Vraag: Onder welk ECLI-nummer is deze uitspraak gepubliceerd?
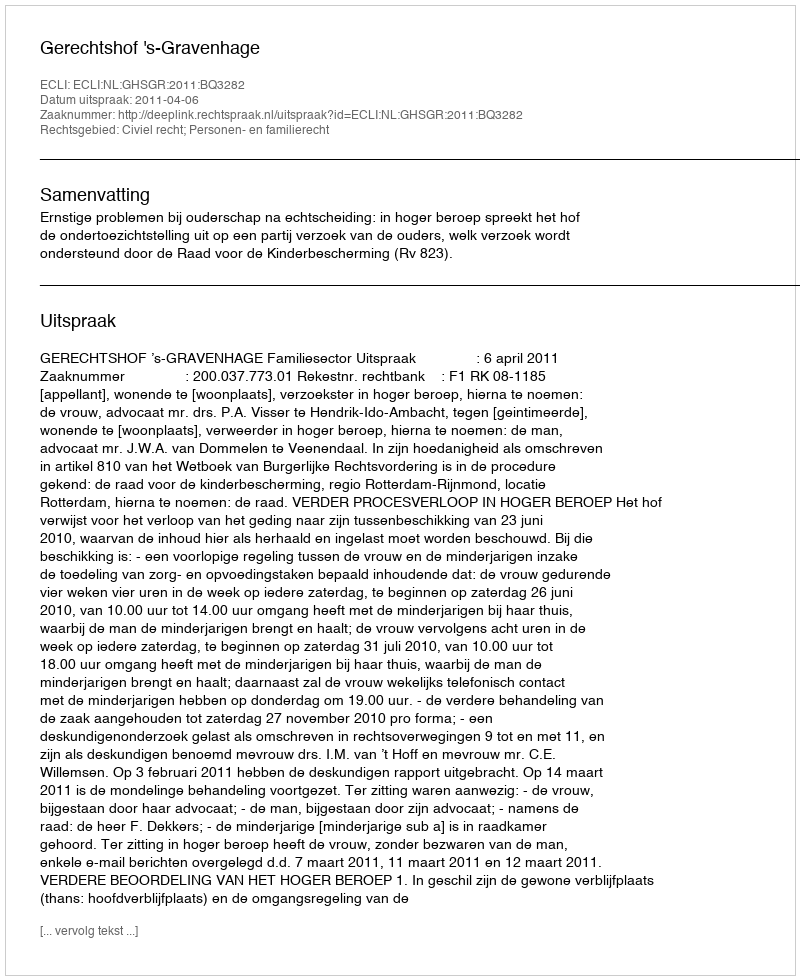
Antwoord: ECLI:NL:GHSGR:2011:BQ3282